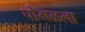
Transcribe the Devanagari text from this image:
पोगळला